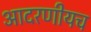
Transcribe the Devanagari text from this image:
आदरणीयच